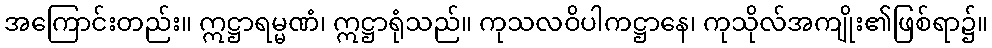
အကြောင်းတည်း။ ဣဋ္ဌာရမ္မဏံ၊ ဣဋ္ဌာရုံသည်။ ကုသလဝိပါကဋ္ဌာနေ၊ ကုသိုလ်အကျိုး၏ဖြစ်ရာ၌။